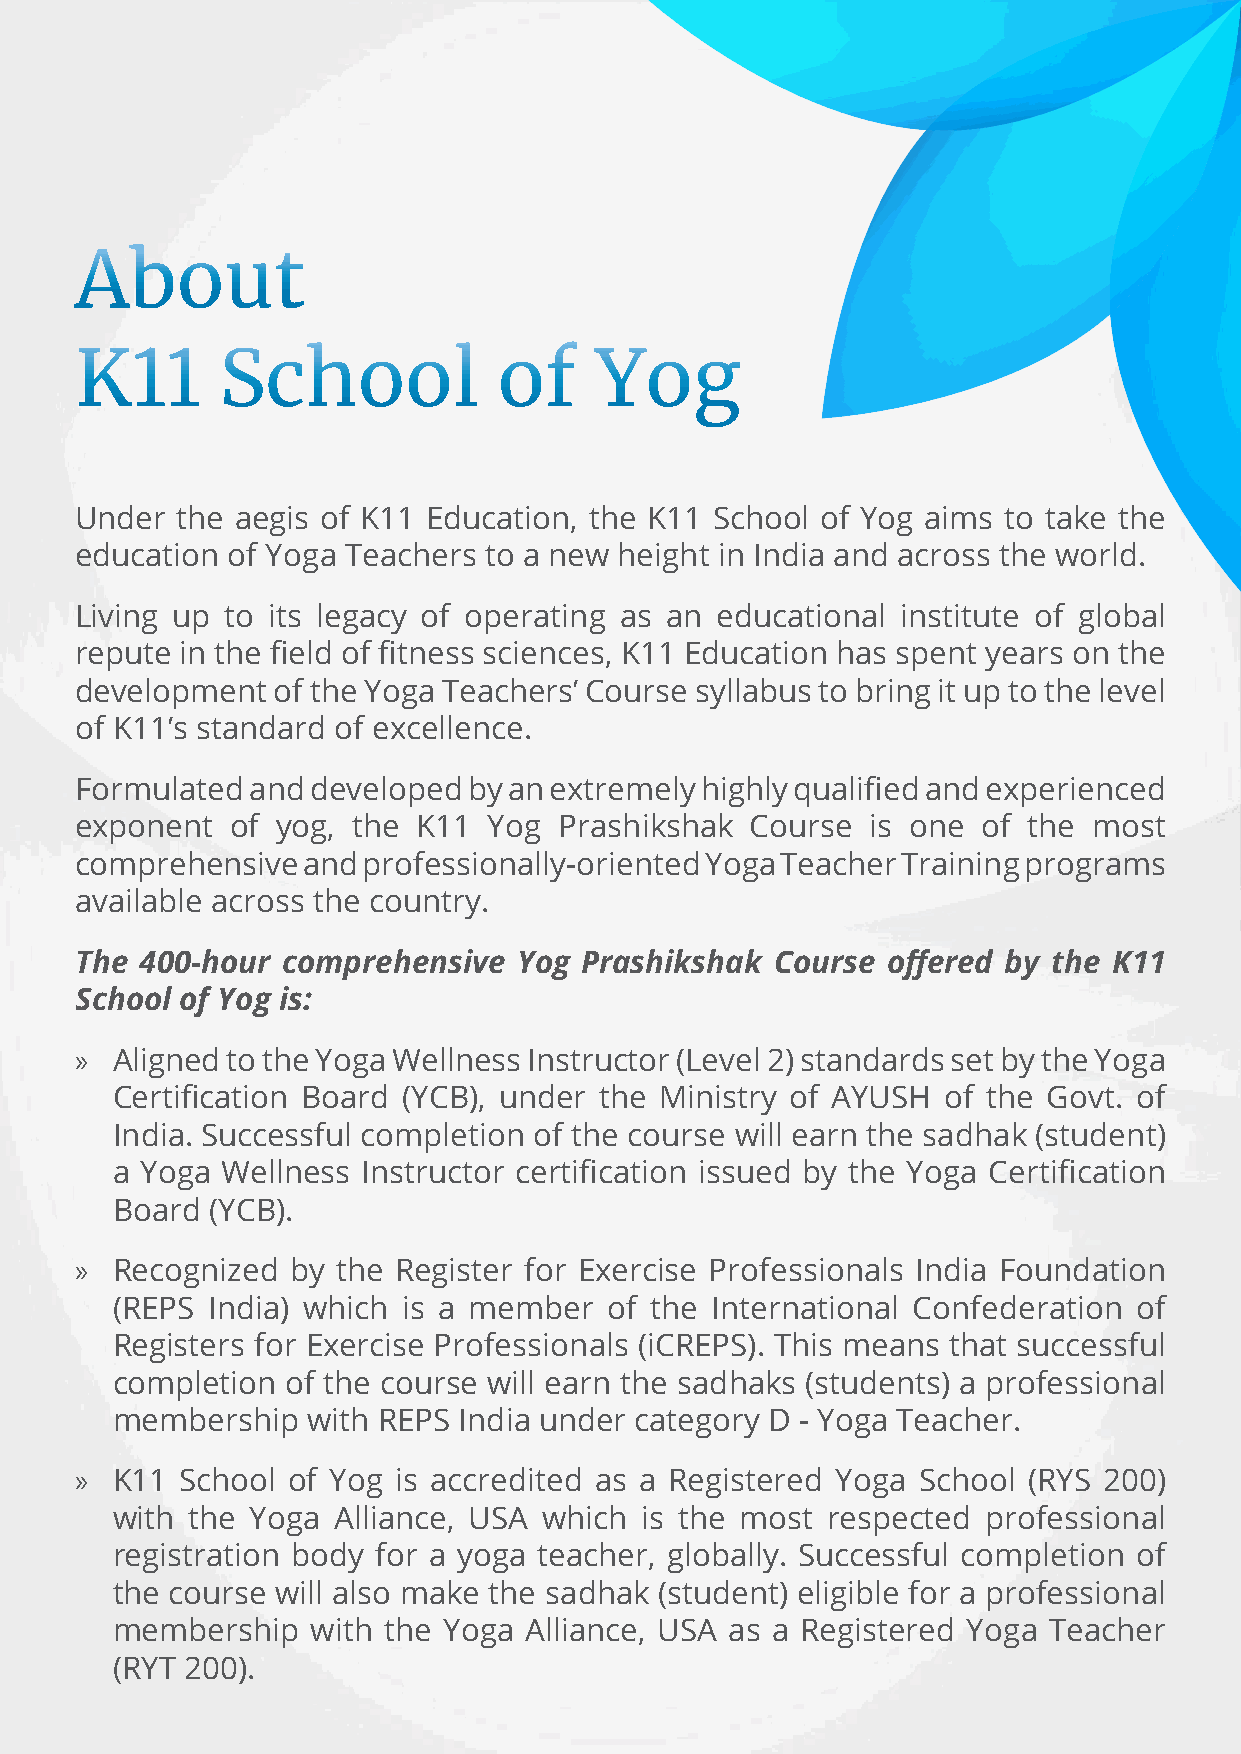
About
 K11       School            of    Yog
 Under  the aegis of K11 Education, the K11 School of Yog aims to take the
 education of Yoga Teachers to a new height in India and across the world.
 Living up to its legacy of operating as an educational institute of global
 repute in the field of fitness sciences, K11 Education has spent years on the
 development  of the Yoga Teachers’ Course syllabus to bring it up to the level
 of K11’s standard of excellence.
 Formulated  and developed by an extremely highly qualified and experienced
 exponent  of yog, the  K11 Yog  Prashikshak  Course  is one of the most
 comprehensive  and professionally-oriented Yoga Teacher Training programs
 available across the country.
 The 400-hour  comprehensive  Yog Prashikshak  Course  offered by the K11
 School of Yog is:
 » Aligned to the Yoga Wellness Instructor (Level 2) standards set by the Yoga
 Certification Board (YCB), under the Ministry of AYUSH  of the Govt. of
 India. Successful completion of the course will earn the sadhak (student)
 a Yoga  Wellness Instructor certification issued by the Yoga Certification
 Board  (YCB).
 » Recognized  by the Register for Exercise Professionals India Foundation
 (REPS  India) which is a member  of the International Confederation of
 Registers for Exercise Professionals (iCREPS). This means that successful
 completion  of the course will earn the sadhaks (students) a professional
 membership   with REPS India under category D - Yoga Teacher.
 » K11  School of Yog is accredited as a Registered Yoga School (RYS 200)
 with the  Yoga Alliance, USA which is the most  respected professional
 registration body for a yoga teacher, globally. Successful completion of
 the course will also make the sadhak (student) eligible for a professional
 membership    with the Yoga Alliance, USA as a Registered Yoga Teacher
 (RYT 200).